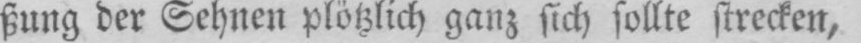
ßung der Sehnen plötzlich ganz sich sollte strecken,